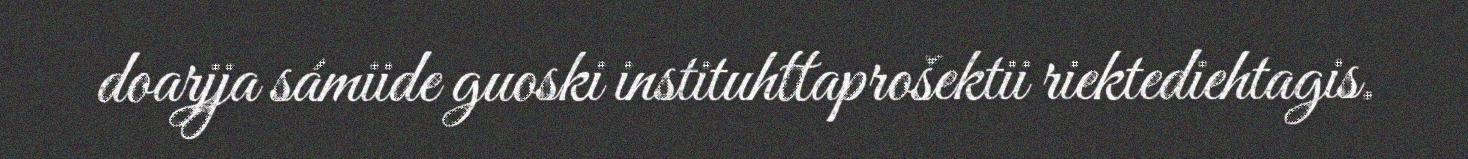
doarjja sámiide guoski instituhttaprošektii riektediehtagis.